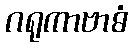
ဂရုကာဗာဓံ